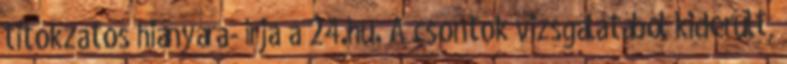
titokzatos hiányára- írja a 24.hu. A csontok vizsgálatából kiderült,